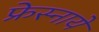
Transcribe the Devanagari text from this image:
फ्रेस्नाये